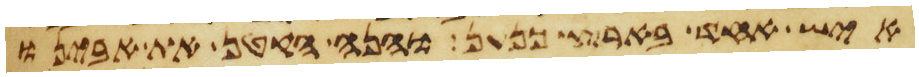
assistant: איש אחד בארץ כנען והנה הקטן את אבינו